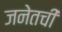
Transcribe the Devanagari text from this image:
जनेतची